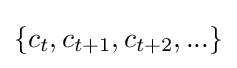
\{c_{t},c_{t+1},c_{t+2},...\}